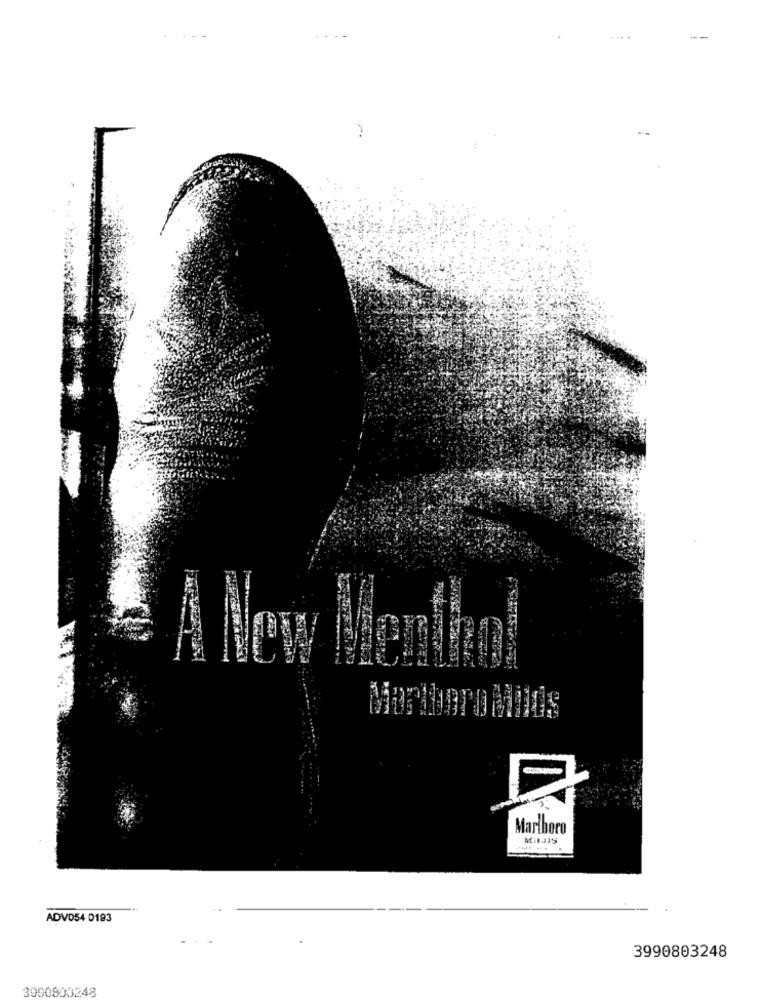
Marlboro
ADV054 0193
3990803248
3900803248